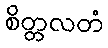
စိတ္တလတံ